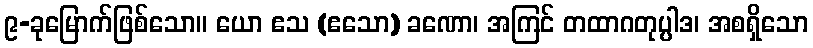
၉-ခုမြောက်ဖြစ်သော။ ယော ဧသ (ဧသော) ခဏော၊ အကြင် တထာဂတုပ္ပါဒ၊ အစရှိသော